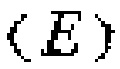
\((E)\)